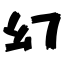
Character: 幻